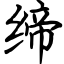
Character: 缔